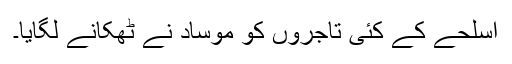
اسلحے کے کئی تاجروں کو موساد نے ٹھکانے لگایا۔